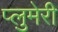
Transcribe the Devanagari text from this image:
प्लुमेरी